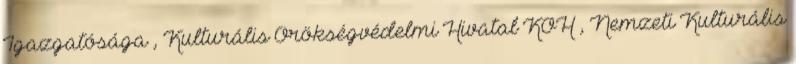
Igazgatósága , Kulturális Örökségvédelmi Hivatal KÖH , Nemzeti Kulturális